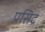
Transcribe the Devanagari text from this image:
प्रसिद्र